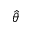
\hat { \theta }